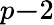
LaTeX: p\le-2